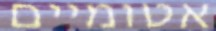
אטומיים